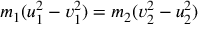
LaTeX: m _ { 1 } ( u _ { 1 } ^ { 2 } - v _ { 1 } ^ { 2 } ) = m _ { 2 } ( v _ { 2 } ^ { 2 } - u _ { 2 } ^ { 2 } )